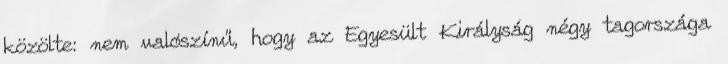
közölte: nem valószínű, hogy az Egyesült Királyság négy tagországa